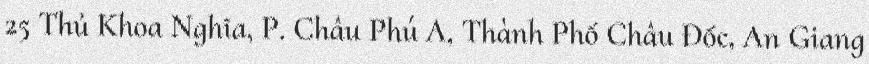
25 Thủ Khoa Nghĩa, P. Châu Phú A, Thành Phố Châu Đốc, An Giang